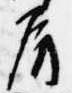
房